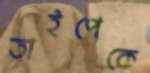
তাইপেকে